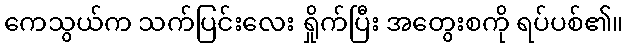
ကေသွယ်က သက်ပြင်းလေး ရှိုက်ပြီး အတွေးစကို ရပ်ပစ်၏။